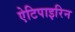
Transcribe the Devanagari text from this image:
ऐटिपाइरिन